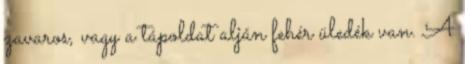
zavaros, vagy a tápoldat alján fehér üledék van. A